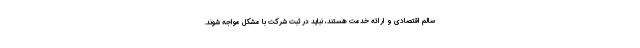
سالم اقتصادی و ارائه خدمت هستند، نباید در ثبت شرکت با مشکل مواجه شوند.